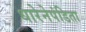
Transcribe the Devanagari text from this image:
धारेनेपंडिता